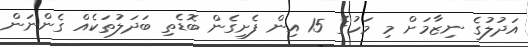
އަދުލުގެ ނިޒާމަށް މި މަހުގެ 15 އިން ފެށިގެން ބޮޑެތި ބަދަލުތަކެއް ގެންނަން